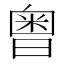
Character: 𣉭